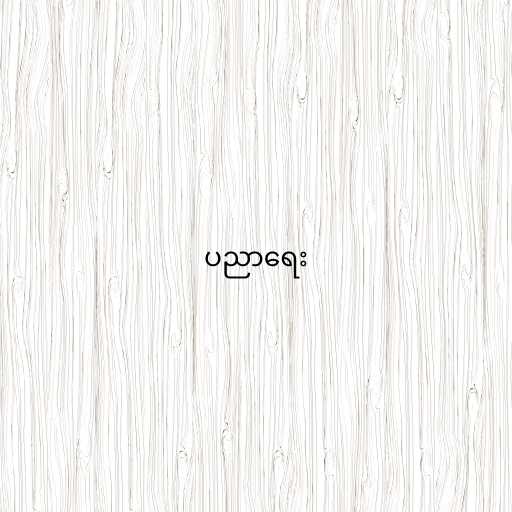
ပညာရေး